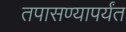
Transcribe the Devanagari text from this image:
तपासण्यापर्यंत